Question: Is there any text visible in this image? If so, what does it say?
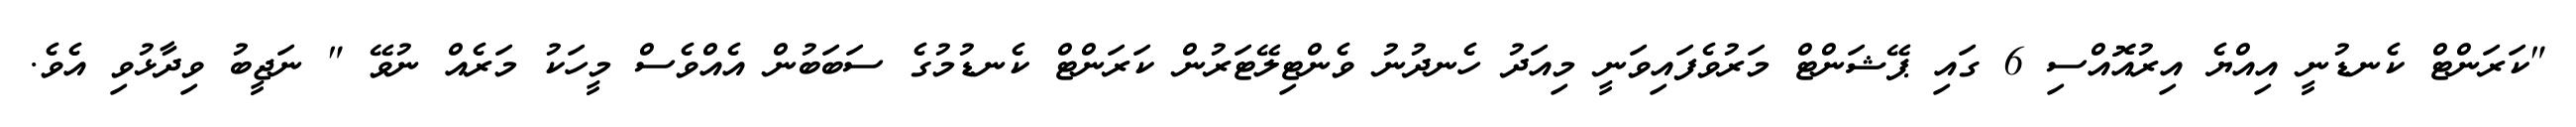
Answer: "ކަރަންޓް ކެނޑުނީ އިއްޔެ އިރުއޮއްސި 6 ގައި ޕޭޝަންޓް މަރުވެފައިވަނީ މިއަދު ހެނދުނު ވެންޓިލޭޓަރުން ކަރަންޓް ކެނޑުމުގެ ސަބަބުން އެއްވެސް މީހަކު މަރެއް ނުވޭ " ނަޖީބު ވިދާޅުވި އެވެ.